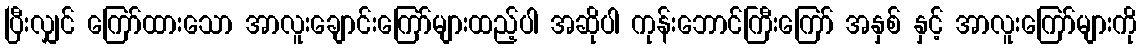
ပြီးလျှင် ကြော်ထားသော အာလူးချောင်းကြော်များထည့်ပါ အဆိုပါ ကုန်းဘောင်ကြီးကြော် အနှစ် နှင့် အာလူးကြော်များကို